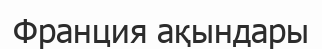
Франция ақындары